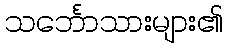
သင်္ဘောသားများ၏